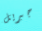
جبريل